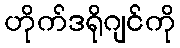
ဟိုက်ဒရိုဂျင်ကို